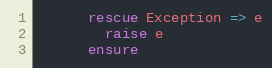
Language: Ruby
      rescue Exception => e
        raise e
      ensure